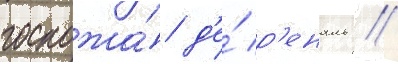
госпожа́ д'е́ р'еналь //